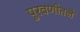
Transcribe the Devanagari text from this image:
पुरवणीतले